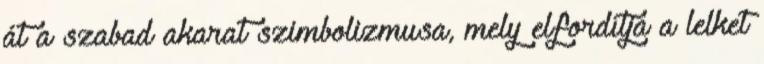
át a szabad akarat szimbolizmusa, mely elfordítja a lelket